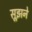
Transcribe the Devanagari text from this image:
सूझने